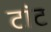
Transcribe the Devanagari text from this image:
टांट